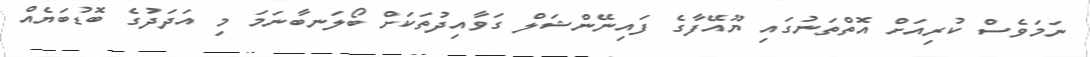
ނަމަވެސް ކުރިއަށް އޮތްތަނުގައި ޔޫއޭފާގެ ފައިނޭންޝަލް ގަވާއިދުތަކަށް ބޯލަނބާނަމަ މި އަދަދުގެ ބޮޑުބަޔެއް